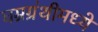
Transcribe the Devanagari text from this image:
घम्रग्रंथीमध्ये